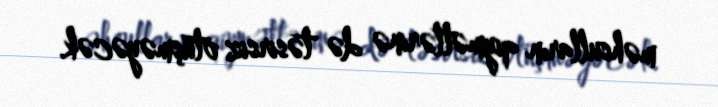
məhsulların qiymətlərinə də təsirsiz ötüşməyəcək.